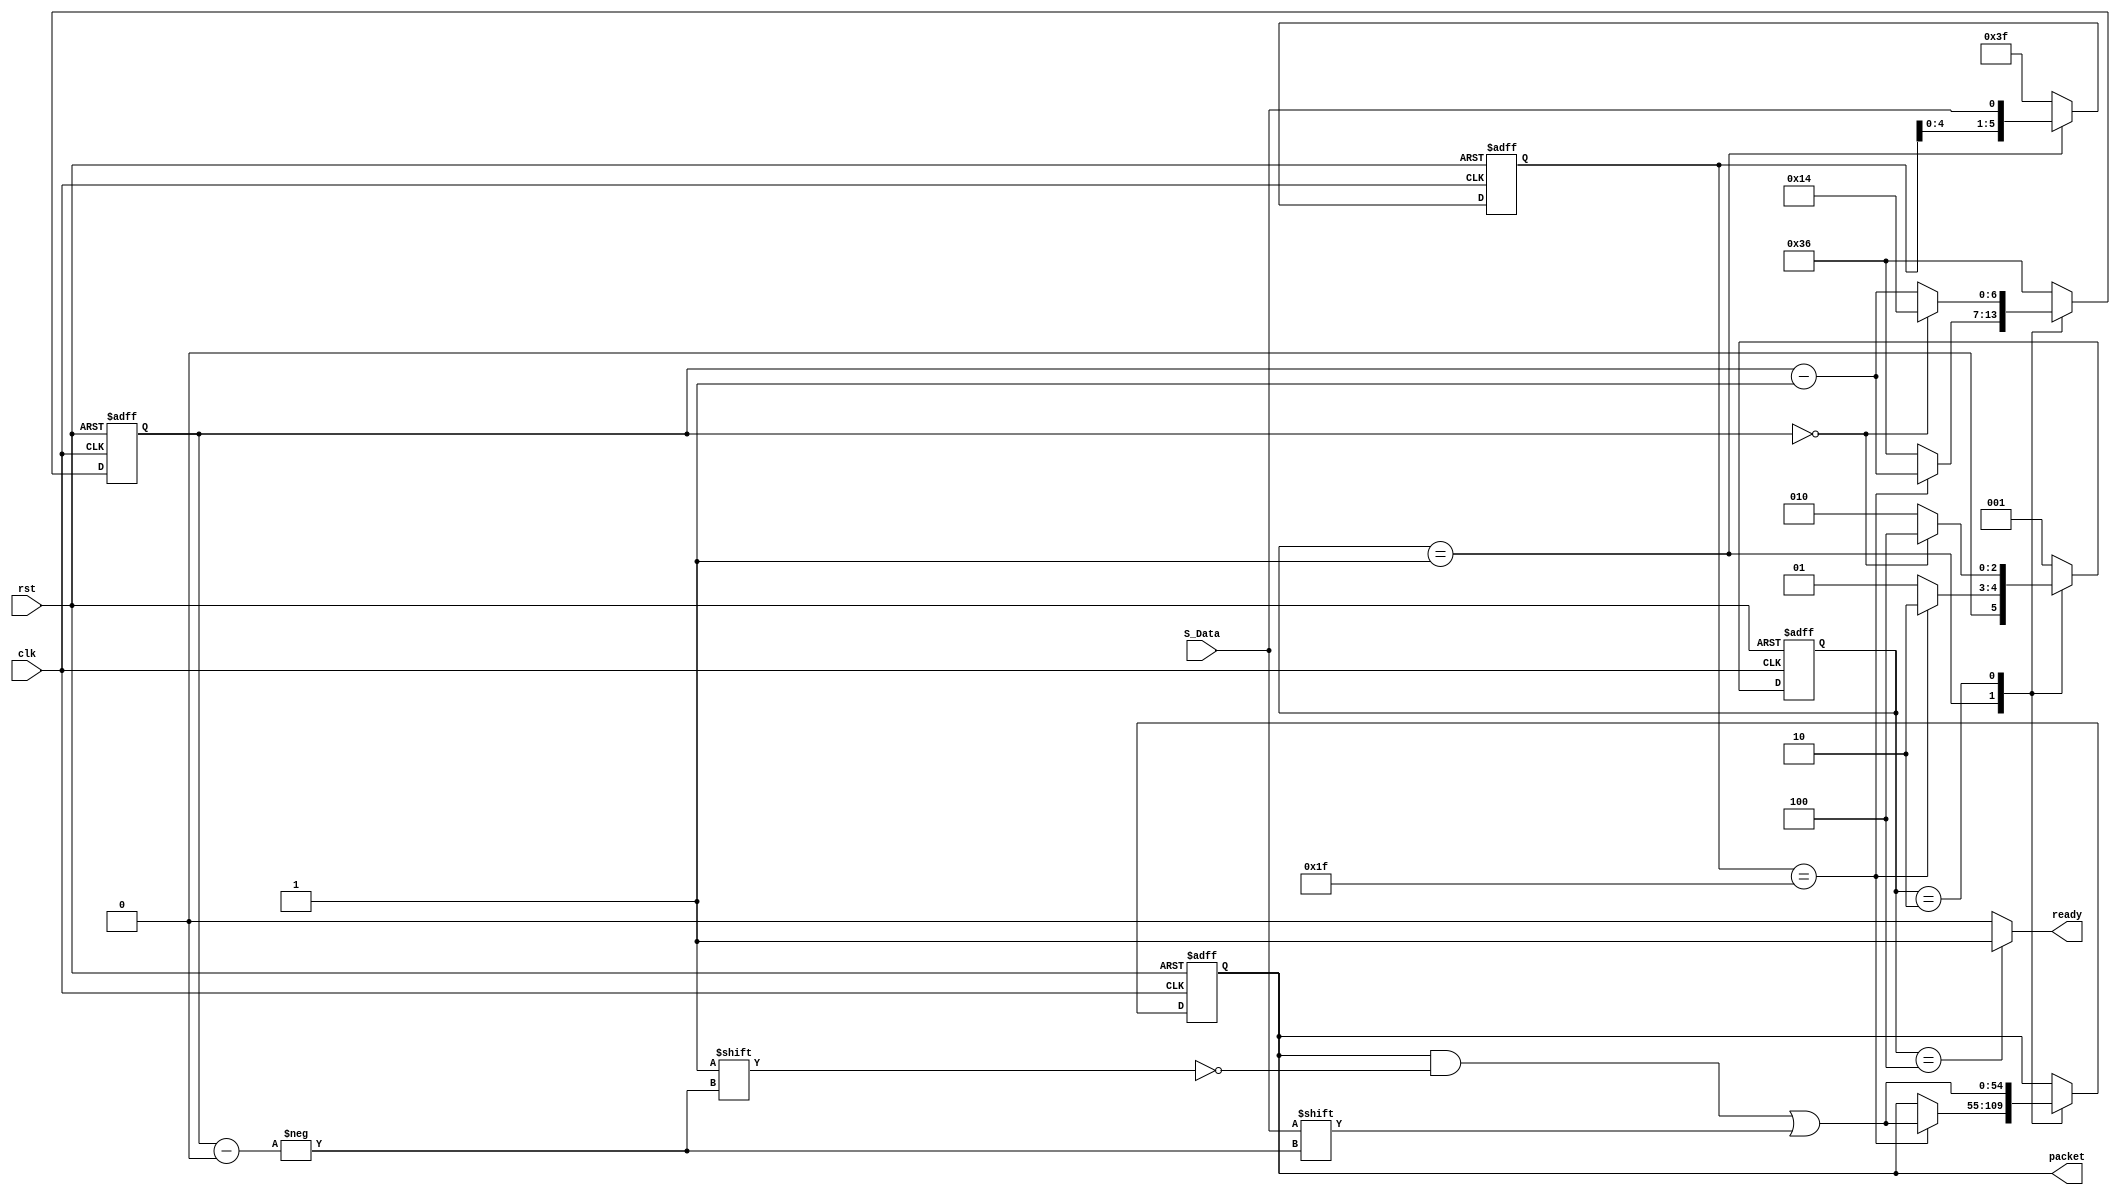
module receive_protocol(input S_Data, clk, rst, 
    output reg [54:0] packet,
    output reg 	      ready);


reg [2:0] 	      state, next_state;
reg 	  next_in;
reg [5:0] start_seq, next_start_seq;
reg [6:0] next_counter, counter;
reg [54:0] next_packet;

parameter WAIT = 3'b001, READ = 3'b010 , DONE = 3'b100;

always@(posedge clk, negedge rst) begin
	if(!rst) begin
	   state <= WAIT;
	   start_seq <= 6'b111111;
	   counter <= 7'd54;
	   packet <= 55'b0;
	end
	else begin
	   state <= next_state;
	   counter <= next_counter;
	   start_seq <= next_start_seq;
	   packet <= next_packet;
	end
end

always@(*) begin

	case(state) 
	  WAIT: begin
	     next_counter = 7'd54;
	     next_start_seq = {start_seq[4:0],S_Data};
	     if(start_seq == 6'b011111) begin
		next_state = READ;
		next_packet = packet;
		next_packet[counter] = S_Data;
		next_counter = counter -1;
	     end else begin
		next_state = WAIT;
		next_packet = packet;
	     end
	  end
	  
	  READ:  begin
	     next_start_seq = 6'b111111;
	     if(counter == 0) begin
		next_state = DONE;
		next_counter = 7'd20;
		next_packet = packet;
		next_packet[counter] = S_Data;
	     end else begin
		next_state = READ;
		next_packet = packet;
		next_packet[counter] = S_Data;
		next_counter = counter-1;
	     end
	  end
	  
	  DONE: begin
	     next_counter = 7'd54;
	     next_state = WAIT;
	     next_start_seq = 6'b111111;
	     next_packet = packet;
	  end

	  default: begin
	     next_counter = 7'd54;
	     next_state = WAIT;
	     next_start_seq = 6'b111111;
	     next_packet = packet;
	  end
	endcase
end
		
always@(state) begin

	if(state == DONE)begin
		ready = 1'b1;
	end else
		ready = 1'b0;
end


endmodule